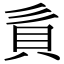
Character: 𧴭